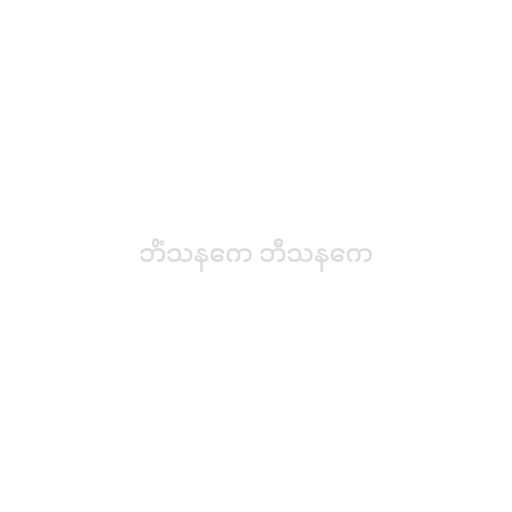
ဘိံသနကေ ဘီသနကေ